Newspaper: Lake Charles commercial.
Place of publication: Lake Charles, Calcasieu Parish, La.
Publisher: John McCormick
Date: 1895-06-01 00:00:00
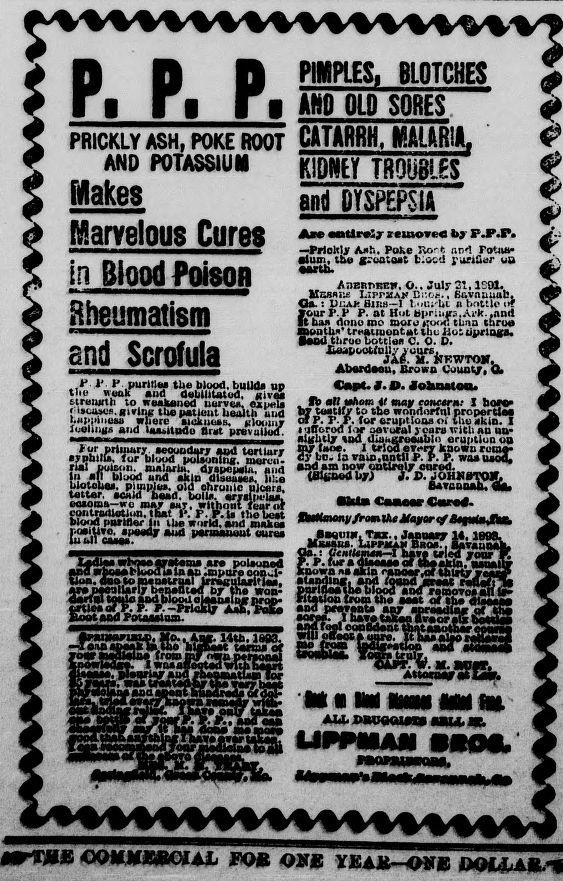
Advertisement text (OCR):
é D D D PIMPLES, BLOTCHES Z ■■ Il ri AHO OLD SORES # 5 PRICKLY ASH, POKE ROOT CATARRH, M/MR 1 I. 0 J AND POTASSIUM HeTTRIMIS ^ $ - ■ Wakes Warvelous Cures in Blood Poison Rheumatism and Scrofula and DYSPEPSIA JUre entirely semovec by P.P.P* —PrioRly Aeh. Poke Rout an'! roCaa alum, the a-uataet b.iicd purifier uu •artb. Aherprcyt. O.. July 2Î, 1C01. Kesbi^ LiprMAj? Ei'.oe., Euvnuuub, Qs. : Dr .ah Sikh— 1 Luui-Uc n bottle t»? { 'Our P. P P. at Hut bj>r;iiir. , Auk .and l ha» done me more «rood than thron months* treauuontut the Hot oprloifö. jBB l l three Lottie« C. O. D. Aberdoou, Brown Count/, O. A*. P puritiM the blood, build« up CopC. I.X). lohnatoa. the "euk and debilitated, aivea ,, . .. _ . sireiurth to weakened nerves. caghIh . Wo oUtûhom it may eonetrti: I boro* * '»uiBCfl. giving the patient health uud 6 i* tbe propertlea LeDiunesB where sickness, gloomy ot P. p. -P. for eruptions of the skin. I Toolings and lassitnde first prevailed. l y opvural years with an uu » ^ c s -rn i————■—a — m sightly «ad dniugroeabio eruption oa ^ÄiSÄtt Ä va I Âfiî:ï.Â r I £Sî )hee. piuipje». old obren ic ulcers. flavanoah. Qê» blote] tettei eoxoixiit contriuUatltm, kkKidiwiaer In ike w>irlä,and make. r ,u.o. «inMdg aud parwauunt aura. fktksxmv /renlhe Mayor if Baaui«, Tax., Juaair 1«. s« .Msasus., UrpiuH _%inuD W WW» onrj*B oommxocial foe one yeae-one
Label: text-only